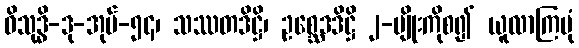
ဝိသုဒ္ဓိ-ဒု-အုပ်-၅၄၊ သဿတဒိဋ္ဌိ၊ ဥစ္ဆေဒဒိဋ္ဌိ ၂-မျိုးကိုစ၍ ယူလာကြပုံ